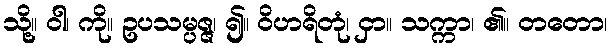
သို့။ ဝါ၊ ကို။ ဥပသမ္ပဇ္ဇ၊ ၍။ ဝိဟရိတုံ၊ ငှာ။ သက္ကာ၊ ၏။ တတော၊